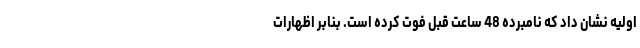
اولیه نشان داد که نامبرده 48 ساعت قبل فوت کرده است. بنابر اظهارات